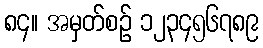
၈၄။ အမှတ်စဉ် ၁၂၃၄၅၆၇၈၉